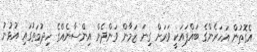
އެގޮތުން އަހަރެންގެ ބައްޕައަކީ ވަރަށް ގިނަ ޒަމާން ވަންދެން އިންސާނެއްގެ ހިދުމަތުގައި އުޅުނު